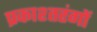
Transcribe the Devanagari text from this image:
प्रकाश्तरंगों